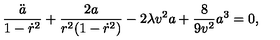
\frac { \ddot { a } } { 1 - \dot { r } ^ { 2 } } + \frac { 2 a } { r ^ { 2 } ( 1 - \dot { r } ^ { 2 } ) } - 2 \lambda v ^ { 2 } a + \frac { 8 } { 9 v ^ { 2 } } a ^ { 3 } = 0 ,